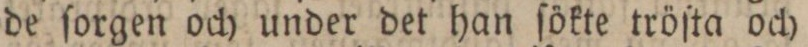
de ſorgen och under det han ſökte tröſta och